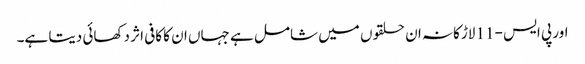
اور پی ایس -11 لاڑکانہ ان حلقوں میں شامل ہے جہاں ان کا کافی اثر دکھائی دیتا ہے۔